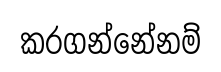
කරගන්නේනම්